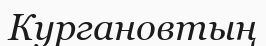
Кургановтың